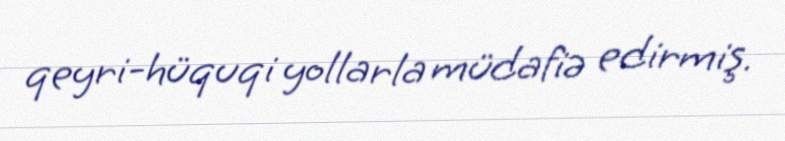
qeyri-hüquqi yollarla müdafiə edirmiş.